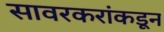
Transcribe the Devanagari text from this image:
सावरकरांकडून